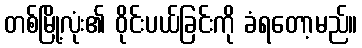
တစ်မြို့လုံး၏ ဝိုင်းပယ်ခြင်းကို ခံရတော့မည်။